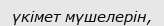
үкімет мүшелерін,